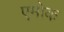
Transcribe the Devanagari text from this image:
एमोक